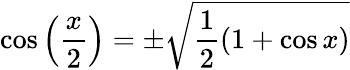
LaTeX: \cos\left({\frac{x}{2}}\right)=\pm{\sqrt{{\frac{1}{2}}(1+\cos x)}}